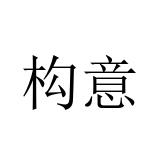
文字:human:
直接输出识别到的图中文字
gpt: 构意